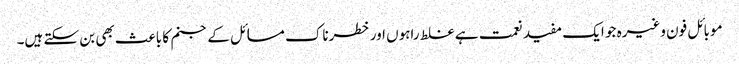
موبائل فون وغیرہ جو ایک مفید نعمت ہے غلط راہوں اور خطرناک مسائل کے جنم کا باعث بھی بن سکتے ہیں۔